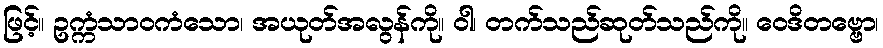
ဖြင့်။ ဥက္ကံသာဝကံသော၊ အယုတ်အလွန်ကို။ ဝါ၊ တက်သည်ဆုတ်သည်ကို။ ဝေဒိတဗ္ဗော၊